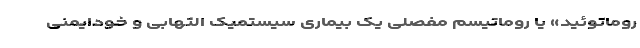
روماتوئید» یا روماتیسم مفصلی یک بیماری سیستمیک التهابی و خودایمنی